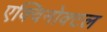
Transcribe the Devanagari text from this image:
एक्विनोक्टल